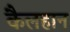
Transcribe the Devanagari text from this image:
कैलहान